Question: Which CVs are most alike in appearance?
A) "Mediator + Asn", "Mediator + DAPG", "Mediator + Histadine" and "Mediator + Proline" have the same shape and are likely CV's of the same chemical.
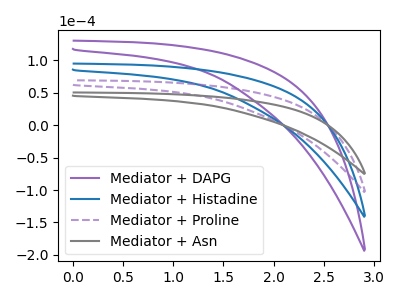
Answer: <think>The purple curve "Mediator + DAPG" has no peaks. The blue curve "Mediator + Histadine" has no peaks. The purple dashed curve "Mediator + Proline" has no peaks. The gray curve "Mediator + Asn" has no peaks.
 Neither "Mediator + DAPG" or "Mediator + Histadine" have any peaks. Neither "Mediator + DAPG" or "Mediator + Proline" have any peaks. Neither "Mediator + DAPG" or "Mediator + Asn" have any peaks. Neither "Mediator + Histadine" or "Mediator + Proline" have any peaks. Neither "Mediator + Histadine" or "Mediator + Asn" have any peaks. Neither "Mediator + Proline" or "Mediator + Asn" have any peaks.</think>
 <answer>A) "Mediator + Asn", "Mediator + DAPG", "Mediator + Histadine" and "Mediator + Proline" have the same shape and are likely CV's of the same chemical.</answer>
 <eval>A</eval>